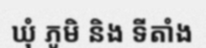
ឃុំ ភូមិ និង ទីតាំង